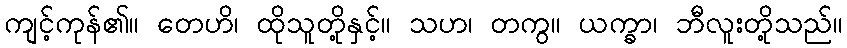
ကျင့်ကုန်၏။ တေဟိ၊ ထိုသူတို့နှင့်။ သဟ၊ တကွ။ ယက္ခာ၊ ဘီလူးတို့သည်။